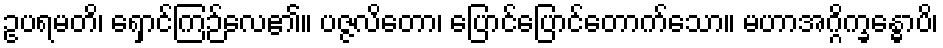
ဥပရမတိ၊ ရှောင်ကြဉ်လေ၏။ ပဇ္ဇလိတော၊ ပြောင်ပြောင်တောက်သော။ မဟာအဂ္ဂိက္ခန္ဓောပိ၊